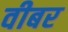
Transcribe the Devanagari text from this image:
वीबर